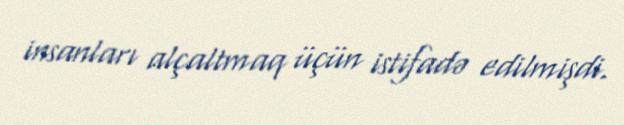
insanları alçaltmaq üçün istifadə edilmişdi.